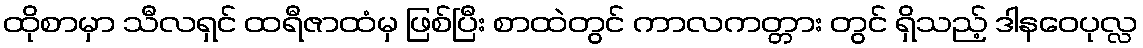
ထိုစာမှာ သီလရှင် ထရီဇာထံမှ ဖြစ်ပြီး စာထဲတွင် ကာလကတ္တား တွင် ရှိသည့် ဒါနဝေပုလ္လ